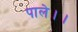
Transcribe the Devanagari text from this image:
पाले।।